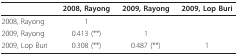
<table><thead><tr><td></td><td><b>2008, Rayong</b></td><td><b>2009, Rayong</b></td><td><b>2009, Lop Buri</b></td></tr></thead><tbody><tr><td>2008, Rayong</td><td>1</td><td></td><td></td></tr><tr><td>2009, Rayong</td><td>0.413 (**)</td><td>1</td><td></td></tr><tr><td>2009, Lop Buri</td><td>0.308 (**)</td><td>0.487 (**)</td><td>1</td></tr></tbody></table>